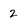
Character: 2